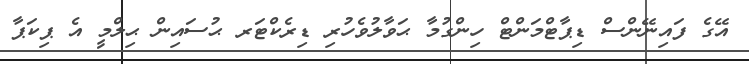
އޭގެ ފައިނޭންސް ޑިޕާޓްމަންޓް ހިންގުމާ ޙަވާލުވެހުރި ޑިރެކްޓަރ ޙުސައިން ޙިލްމީ އެ ޕިކަޕާ